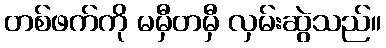
တစ်ဖက်ကို မမှီတမှီ လှမ်းဆွဲသည်။